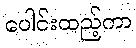
ပေါင်းထည့်ကာ